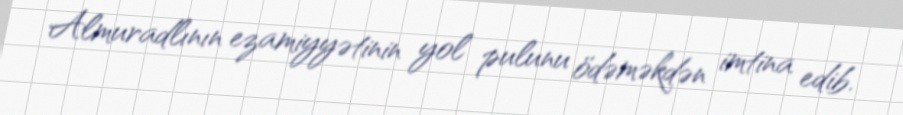
Almuradlının ezamiyyətinin yol pulunu ödəməkdən imtina edib.